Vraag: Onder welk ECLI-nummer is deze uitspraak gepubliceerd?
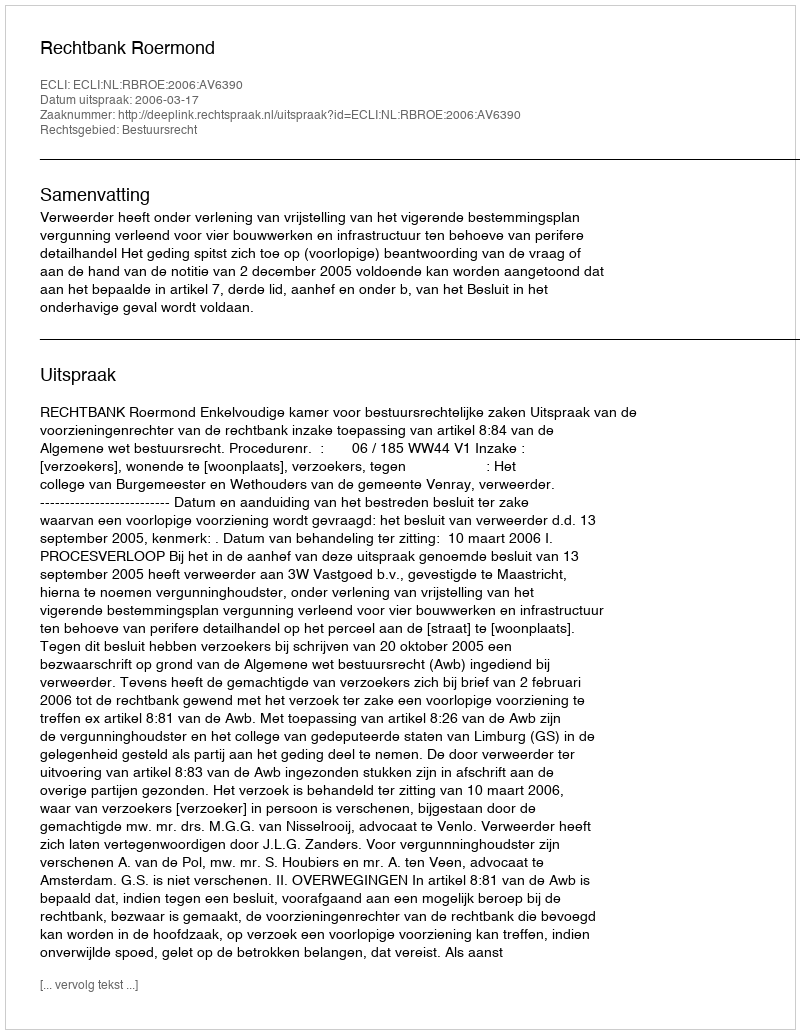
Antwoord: ECLI:NL:RBROE:2006:AV6390